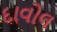
દાવોલ